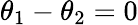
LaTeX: \theta_{1}-\theta_{2}=0